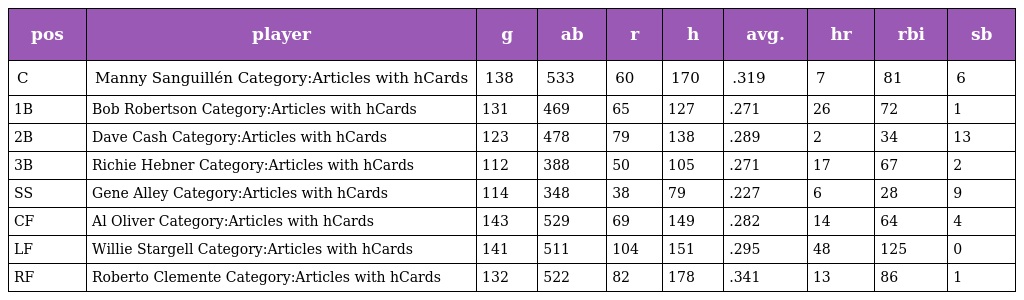
| pos | player | g | ab | r | h | avg. | hr | rbi | sb |
 | --- | --- | --- | --- | --- | --- | --- | --- | --- | --- |
 | C | Manny Sanguillén Category:Articles with hCards | 138 | 533 | 60 | 170 | .319 | 7 | 81 | 6 |
 | 1B | Bob Robertson Category:Articles with hCards | 131 | 469 | 65 | 127 | .271 | 26 | 72 | 1 |
 | 2B | Dave Cash Category:Articles with hCards | 123 | 478 | 79 | 138 | .289 | 2 | 34 | 13 |
 | 3B | Richie Hebner Category:Articles with hCards | 112 | 388 | 50 | 105 | .271 | 17 | 67 | 2 |
 | SS | Gene Alley Category:Articles with hCards | 114 | 348 | 38 | 79 | .227 | 6 | 28 | 9 |
 | CF | Al Oliver Category:Articles with hCards | 143 | 529 | 69 | 149 | .282 | 14 | 64 | 4 |
 | LF | Willie Stargell Category:Articles with hCards | 141 | 511 | 104 | 151 | .295 | 48 | 125 | 0 |
 | RF | Roberto Clemente Category:Articles with hCards | 132 | 522 | 82 | 178 | .341 | 13 | 86 | 1 |